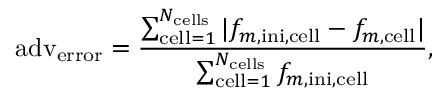
\mathrm { a d v } _ { \mathrm { e r r o r } } = \frac { \sum _ { \mathrm { c e l l } = 1 } ^ { N _ { \mathrm { c e l l s } } } | f _ { m , \mathrm { i n i } , \mathrm { c e l l } } - f _ { m , \mathrm { c e l l } } | } { \sum _ { \mathrm { c e l l } = 1 } ^ { N _ { \mathrm { c e l l s } } } f _ { m , \mathrm { i n i } , \mathrm { c e l l } } } \mathrm { , }